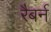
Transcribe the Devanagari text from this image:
रैबर्न